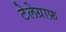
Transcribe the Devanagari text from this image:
टेलेग्राफ़